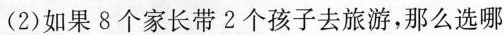
(2)如果8个家长带2个孩子去旅游，那么选哪